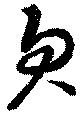
欠